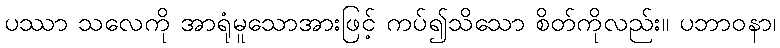
ပဿာ သလေကို အာရုံမူသောအားဖြင့် ကပ်၍သိသော စိတ်ကိုလည်း။ ပဘာဝနာ၊